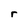
Character: r